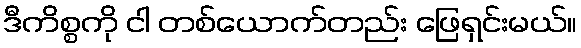
ဒီကိစ္စကို ငါ တစ်ယောက်တည်း ဖြေရှင်းမယ်။